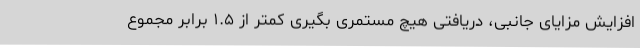
افزایش مزایای جانبی، دریافتی هیچ مستمری بگیری کمتر از ۱.۵ برابر مجموع